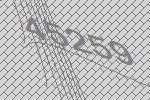
45259